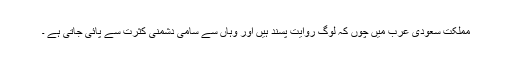
مملکت سعودى عرب میں چوں کہ لوگ روایت پسند ہیں اور وہاں سے سامى دشمنى کثرت سے پائى جاتى ہے ۔